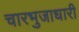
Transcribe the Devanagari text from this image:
चारभुजाधारी